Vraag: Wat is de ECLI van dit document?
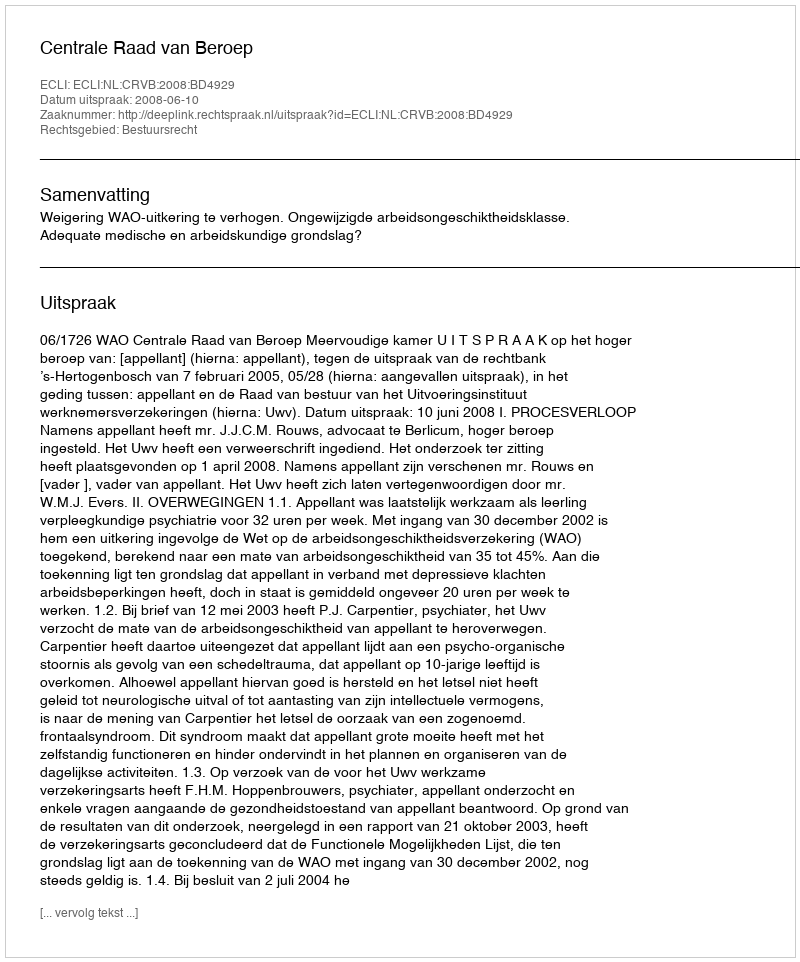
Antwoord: ECLI:NL:CRVB:2008:BD4929